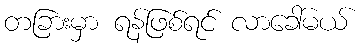
တခြားမှာ ရန်ဖြစ်ရင် လာခေါ်မယ်